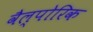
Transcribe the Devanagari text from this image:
वैल्पोरिक